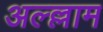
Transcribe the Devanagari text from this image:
अल्ल्लाम